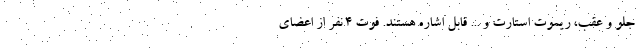
جلو و عقب، ریموت استارت و ... قابل اشاره هستند. فوت 4 نفر از اعضای